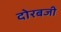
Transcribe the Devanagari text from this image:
दोरबजी